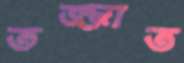
তজ্জাত